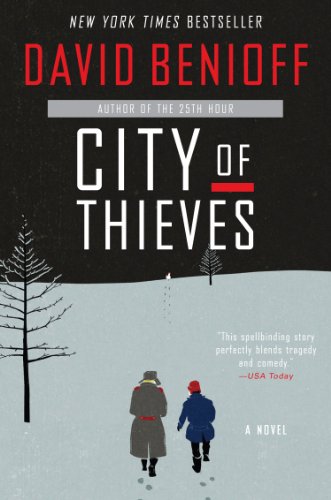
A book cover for City of Thieves: A Novel; David Benioff; Literature & Fiction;